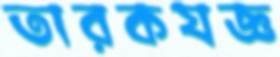
তারকযজ্ঞ